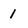
Character: 1